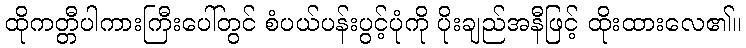
ထိုကတ္တီပါကားကြီးပေါ်တွင် စံပယ်ပန်းပွင့်ပုံကို ပိုးချည်အနီဖြင့် ထိုးထားလေ၏။